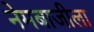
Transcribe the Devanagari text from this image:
नेमबाजीला